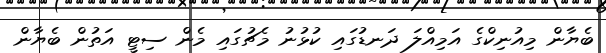
ބެޔާން މިއުނިކްގެ އަމިއްލަ ދަނޑުގައި ކުޅުނު މެޗުގައި މެން ސިޓީ އަތުން ބެޔާން